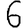
Digit: 6